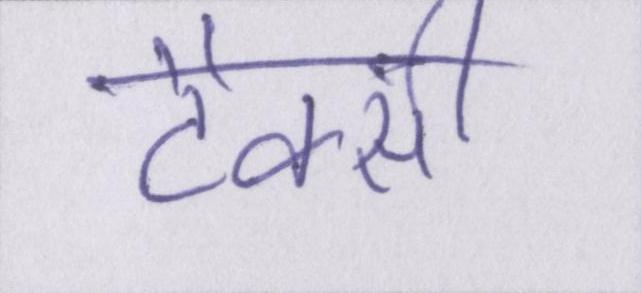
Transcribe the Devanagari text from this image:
टैक्सी